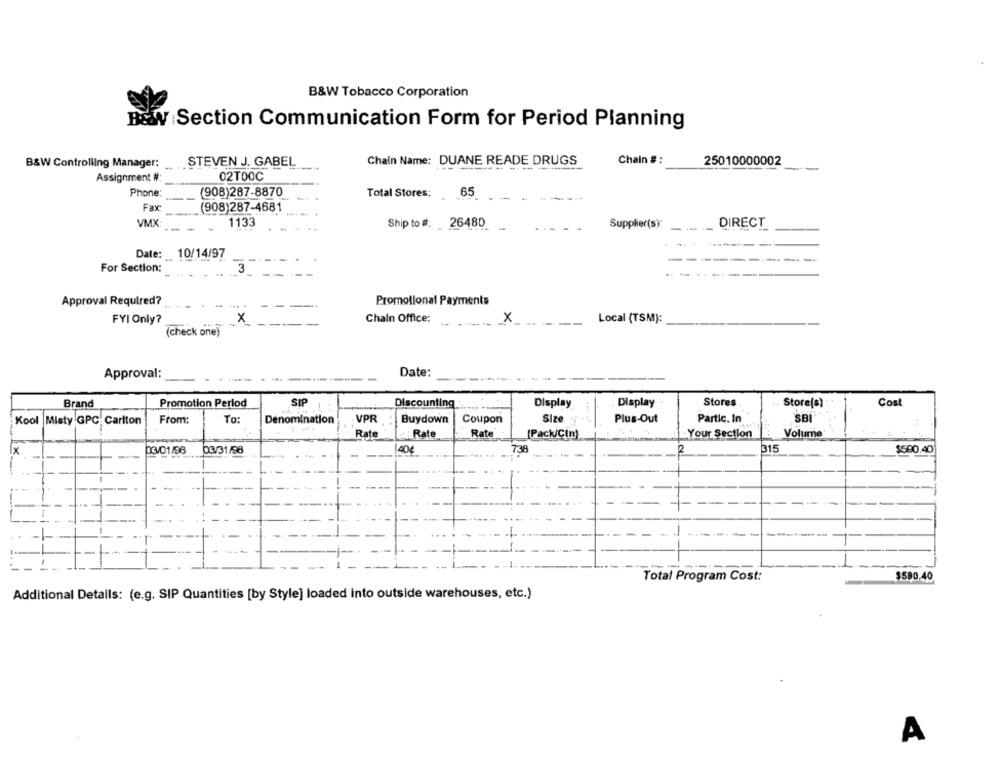
B&W Tobacco Corporation
B&W Section Communication Form for Period Planning
B&W Controlling Manager:
STEVEN J. GABEL
Chain Name: DUANE READE DRUGS
Chain #:
25010000002
Assignment #:
02TOOC
Phone:
(908)287-8870
Total Stores:
65
Fax
(908)287-4681
VMX
1133
Ship to #: 26480
DIRECT
Supplier(S)
Date: 10/14/97
-
For Section:
Approval Required?
Promotional Payments
FYI Only?
Chain Office:
X
Local (TSM):
x
(check one)
Date:
Approval:
Brand
Promotion Period
SIP
Discounting
Display
Stores
Cost
Display
Store(s)
Buydown
Partic. In
SBI
Kool |Misty GPC Carlton
From:
To:
Denomination
VPR
Coupon
Size .
Plus-Out
Rate
Rate
Rate
Volume
[Pack/Cin]
. Your Section
x
404
738
315
03/01/98
03/31/98
$500.40
Total Program Cost:
$590.40
Additional Details: (e.g. SIP Quantities [by Style] loaded into outside warehouses, etc.)
A